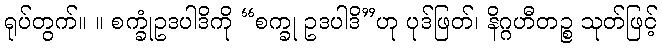
ရုပ်တွက်။ ။ စက္ခုံဥဒပါဒိကို “စက္ခု ဥဒပါဒိ”ဟု ပုဒ်ဖြတ်၊ နိဂ္ဂဟီတဉ္စ သုတ်ဖြင့်